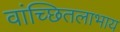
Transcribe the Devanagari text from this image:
वांच्छितलाभाय